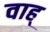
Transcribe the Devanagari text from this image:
वाह्‌